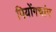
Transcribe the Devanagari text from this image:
पियोंगचांग